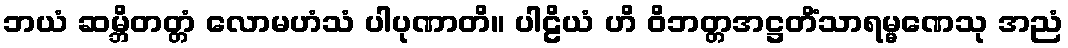
ဘယံ ဆမ္ဘိတတ္တံ လောမဟံသံ ပါပုဏာတိ။ ပါဠိယံ ဟိ ဝိဘတ္တအဋ္ဌတိံသာရမ္မဏေသု အညံ